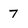
Character: 7